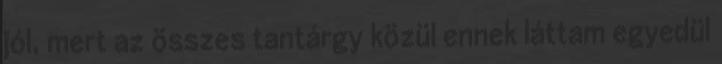
jól, mert az összes tantárgy közül ennek láttam egyedül